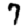
Digit: 7